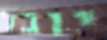
יובל